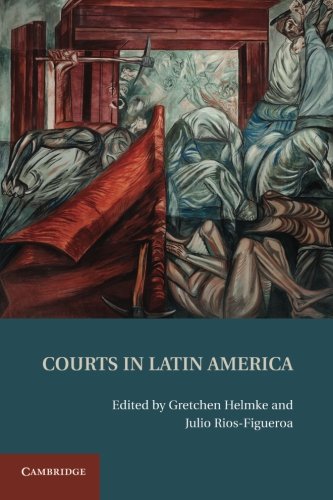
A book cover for Courts in Latin America; Law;